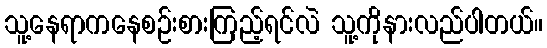
သူ့နေရာကနေစဉ်းစားကြည့်ရင်လဲ သူ့ကိုနားလည်ပါတယ်။